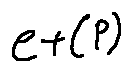
e + ( P )